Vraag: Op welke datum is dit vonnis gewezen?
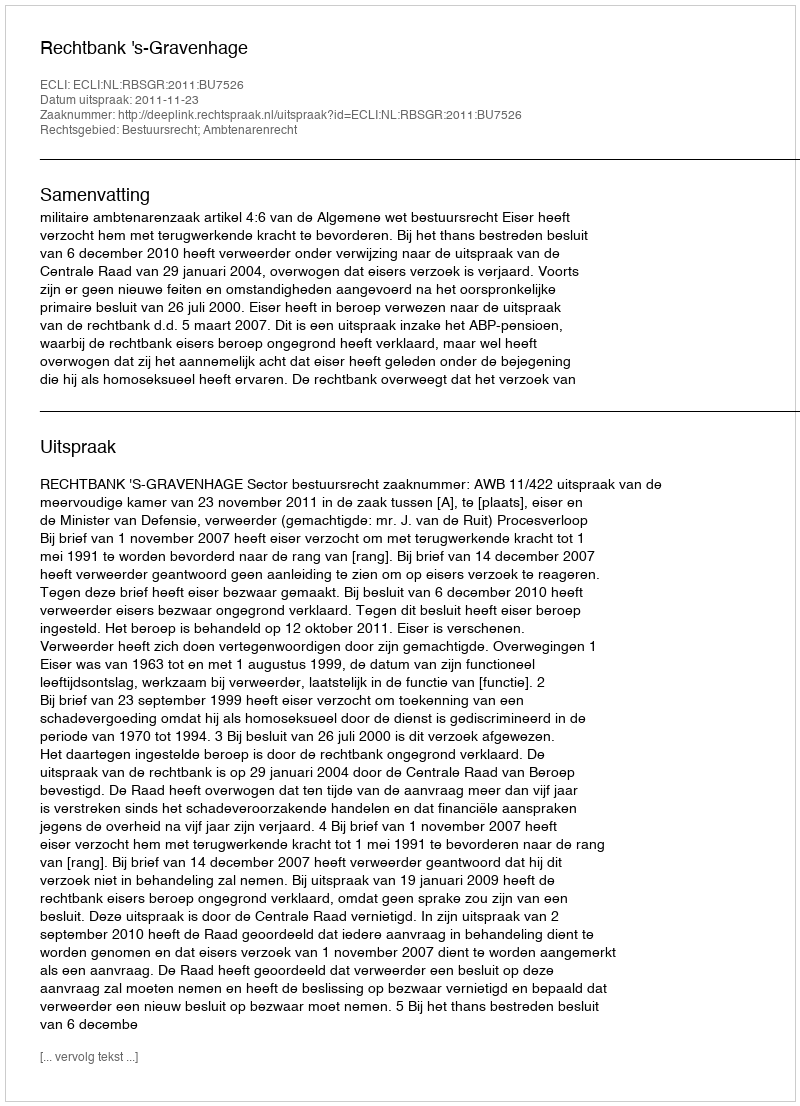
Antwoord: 2011-11-23